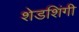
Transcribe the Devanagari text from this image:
शेडशिंगी